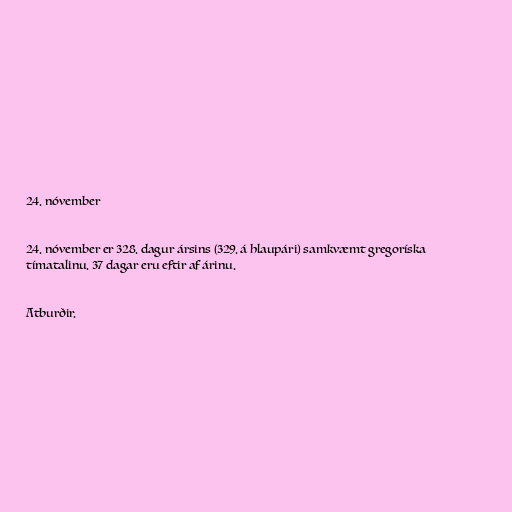
24. nóvember

24. nóvember er 328. dagur ársins (329. á hlaupári) samkvæmt gregoríska
tímatalinu. 37 dagar eru eftir af árinu.

Atburðir.